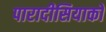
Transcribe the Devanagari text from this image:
पारादीसियाको